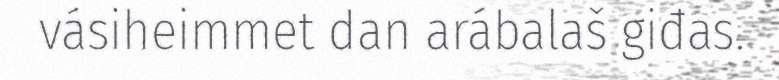
vásiheimmet dan arábalaš giđas.